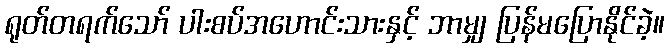
ရုတ်တရက်သော် ပါးစပ်အဟောင်းသားနှင့် ဘာမျှ ပြန်မပြောနိုင်ခဲ့။